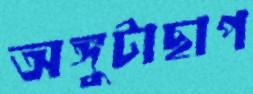
অঙ্গুটাছাপ